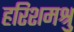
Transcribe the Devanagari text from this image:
हरिशमश्रु